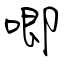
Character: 唧